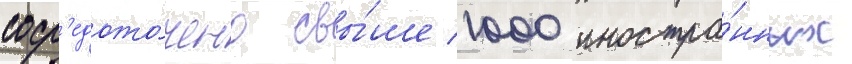
соср'едото́чено свы́ше 1000 иностра́нных